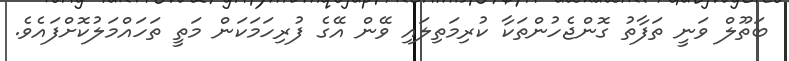
ބަތޫލް ވަނީ ތަފާތު ގޮންޖެހުންތަކާ ކުރިމަތިލައި ވޭން އޭގެ ފުރިހަމަކަން މަތީ ތަހައްމަލުކޮށްފައެވެ.